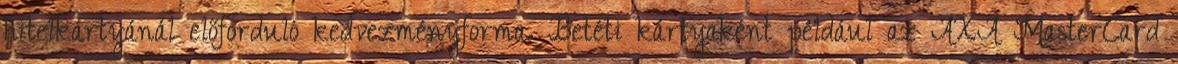
hitelkártyánál előforduló kedvezményforma. Betéti kártyaként például az AXA MasterCard